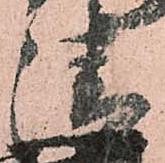
清